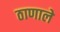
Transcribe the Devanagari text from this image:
ठाणाले